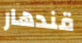
قندهار